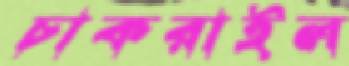
চাকরাইল